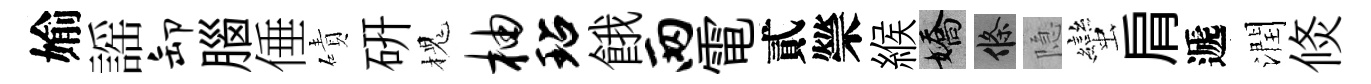
媮謡卸腦倕磧硏槐柚玷餓两電貳禜緱嬌條隐蠻肩遞潤倐